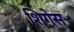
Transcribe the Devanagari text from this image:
शिगेस